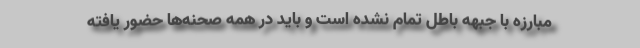
مبارزه با جبهه باطل تمام نشده است و باید در همه صحنه‌ها حضور یافته